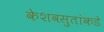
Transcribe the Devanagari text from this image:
केशवसुतांकडे